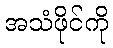
အသံဖိုင်ကို